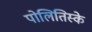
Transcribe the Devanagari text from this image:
पोलितिस्के